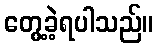
တွေ့ခဲ့ရပါသည်။